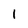
Character: 1